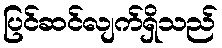
ပြင်ဆင်လျက်ရှိသည်